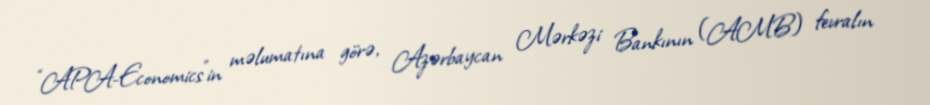
“APA-Economics”in məlumatına görə, Azərbaycan Mərkəzi Bankının (AMB) fevralın